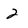
Character: 2